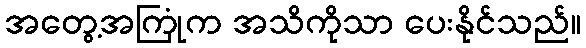
အတွေ့အကြုံက အသိကိုသာ ပေးနိုင်သည်။